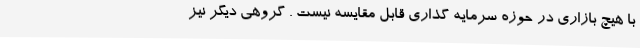
با هیچ بازاری در حوزه سرمایه گذاری قابل مقایسه نیست . گروهی دیگر نیز